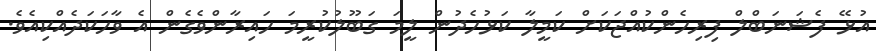
އުޅޭ ފެޝަނަބްލް ފިރިހެންކުއްޖަކަށް ކަމީލާ ކަޅުހެދުން ލީމަ ގަބޫލުކުރީމަ ހައިރާންވެގެން އެ ވާހަކަދެއްކިއެވެ.